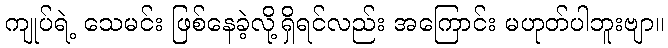
ကျုပ်ရဲ့ သေမင်း ဖြစ်နေခဲ့လို့ရှိရင်လည်း အကြောင်း မဟုတ်ပါဘူးဗျာ။